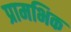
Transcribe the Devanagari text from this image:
प्रामभिक